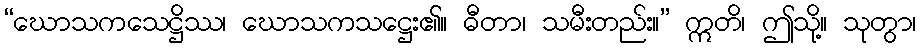
“ဃောသကသေဋ္ဌိဿ၊ ဃောသကသဋ္ဌေး၏။ ဓီတာ၊ သမီးတည်း။” ဣတိ၊ ဤသို့။ သုတွာ၊